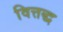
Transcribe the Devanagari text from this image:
वित्तद्ध